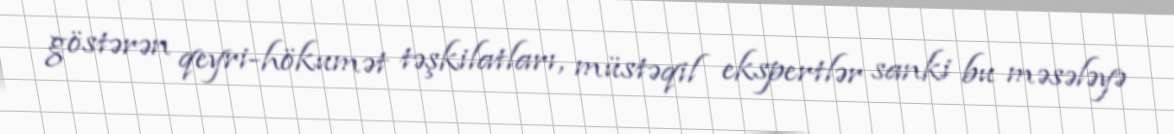
göstərən qeyri-hökumət təşkilatları, müstəqil ekspertlər sanki bu məsələyə